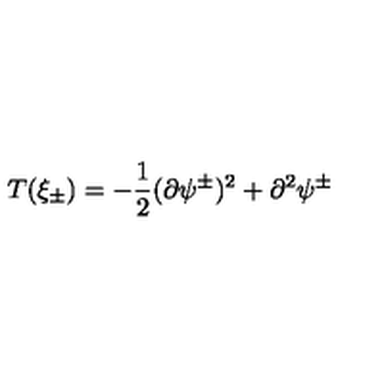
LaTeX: T ( \xi _ { \pm } ) = - \frac { 1 } { 2 } ( \partial \psi ^ { \pm } ) ^ { 2 } + \partial ^ { 2 } \psi ^ { \pm }